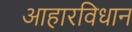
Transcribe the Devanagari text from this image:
आहारविधान